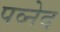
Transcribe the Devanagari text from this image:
पव्नेद